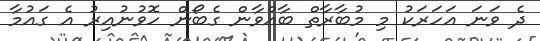
ދެ ވަނަ އަހަރަކު މި މުބާރާތް ބާއްވާން ގެބޯން ހޮވުނުއިރު އެ ގައުމާ